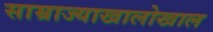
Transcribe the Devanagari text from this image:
साम्राज्याखालोखाल